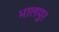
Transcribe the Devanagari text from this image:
भालपुर